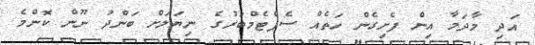
އަދި މާދަމާ އިން ފެށިގެން ހަތެއް ސެޕްޓެމްބަރުގެ ނިޔަލަށް ބަންދު ނޫން ކޮންމެ